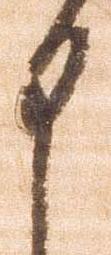
申